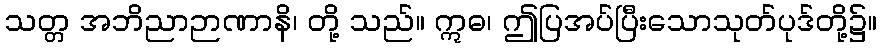
သတ္တ အဘိညာဉာဏာနိ၊ တို့ သည်။ ဣဓ၊ ဤပြအပ်ပြီးသောသုတ်ပုဒ်တို့၌။